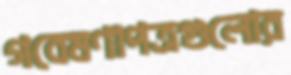
গবেষণাপত্রগুলোর